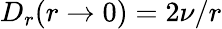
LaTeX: D_{r}(r\to 0)=2\nu/r